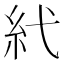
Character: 𥾐